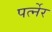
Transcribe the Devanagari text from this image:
पर्त्नेर